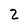
Character: 2